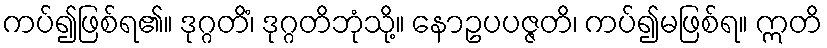
ကပ်၍ဖြစ်ရ၏။ ဒုဂ္ဂတိံ၊ ဒုဂ္ဂတိဘုံသို့။ နောဥပပဇ္ဇတိ၊ ကပ်၍မဖြစ်ရ။ ဣတိ